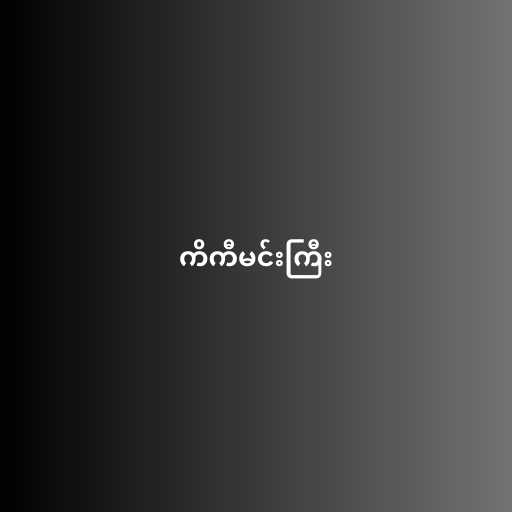
ကိကီမင်းကြီး